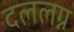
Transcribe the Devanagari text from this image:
दललग्न